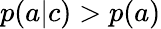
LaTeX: p(a|c)>p(a)